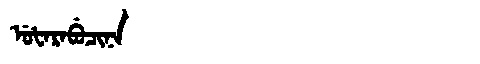
Manchu: ᡠᡶᠠᡵᠠᠪᡠᠴᡳᠨᠠ
Romanization: UFARABUCINA